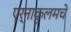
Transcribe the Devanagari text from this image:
एर्नाकुलमचे